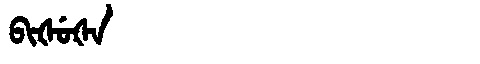
Manchu: ᠪᡳᡧᡠᡧᠠ
Romanization: BIŠUŠA